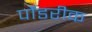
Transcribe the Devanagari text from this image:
पौंडरीक